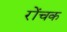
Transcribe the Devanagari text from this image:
रोंचक